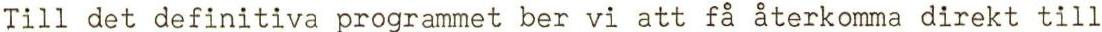
Till det definitiva programmet ber vi att få återkomma direkt till